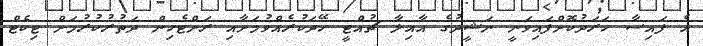
އެ ފައިސާ ހަރަދުކޮށްފައިވަނީ ނަޝީދުގެ އާއިލާ ޗުއްޓީ ހޭދަކުރެއްވުމަށާއި ރަށްޓެހިން ދަތުރުކުރުމަށް ޓިކެޓް